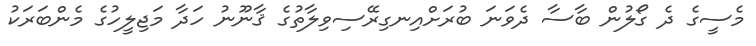
މެސީގެ ދެ ގޯލުން ބާސާ ދެވަނަ ބުރަށްއިނގިރޭސިވިލާތުގެ ޤާނޫނު ހަދާ މަޖިލީހުގެ މެންބަރަކު